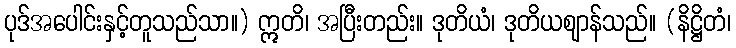
ပုဒ်အပေါင်းနှင့်တူသည်သာ။) ဣတိ၊ အပြီးတည်း။ ဒုတိယံ၊ ဒုတိယဈာန်သည်။ (နိဋ္ဌိတံ၊